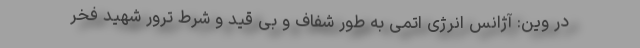
در وین: آژانس انرژی اتمی به طور شفاف و بی قید و شرط ترور شهید فخر